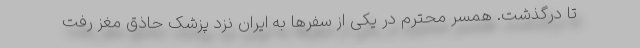
تا درگذشت. همسر محترم در یکی از سفرها به ایران نزد پزشک حاذق مغز رفت